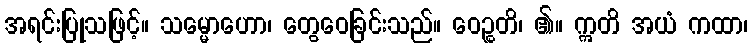
အရင်းပြုသဖြင့်။ သမ္မောဟော၊ တွေဝေခြင်းသည်။ ဝေဉ္စတိ၊ ၏။ ဣတိ အယံ ကထာ၊